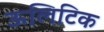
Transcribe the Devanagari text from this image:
ऊलिटिक